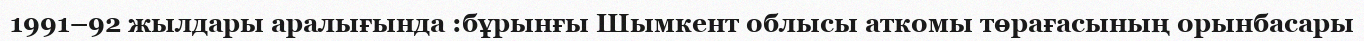
1991–92 жылдары аралығында :бұрынғы Шымкент облысы аткомы төрағасының орынбасары